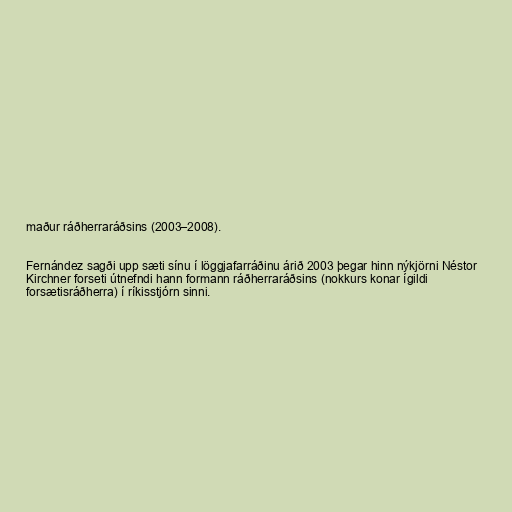
maður ráðherraráðsins (2003–2008).

Fernández sagði upp sæti sínu í löggjafarráðinu árið 2003 þegar hinn nýkjörni Néstor
Kirchner forseti útnefndi hann formann ráðherraráðsins (nokkurs konar ígildi
forsætisráðherra) í ríkisstjórn sinni.